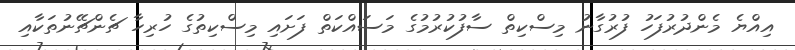
އިއްޔެ މެންދުރުފަހު ފުރުގާނު މިސްކިތް ސާފުކުރުމުގެ މަސައްކަތް ފަށައި މިސްކިތުގެ ހުރިހާ ޗެންޗޭނުތަކާއި